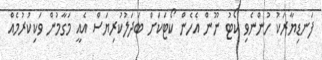
ފަނޑިޔާރަކު ހުންނެވި ކޯޓު ނޫން އެހެން ކޯޓަކަށް ބަދަލުކުރިޔަަސް އެއީ މަގާމުން ވަކިކުރުމެއް